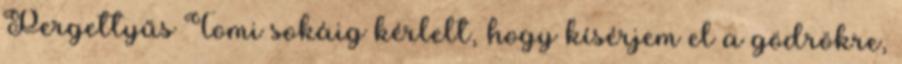
Pergettyűs Tomi sokáig kérlelt, hogy kísérjem el a gödrökre,